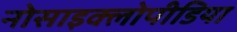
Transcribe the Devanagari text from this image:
नोसाइक्लोपीडिया